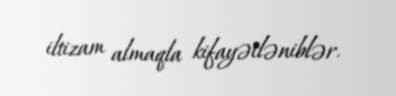
iltizam almaqla kifayətləniblər.